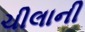
ચીલાની